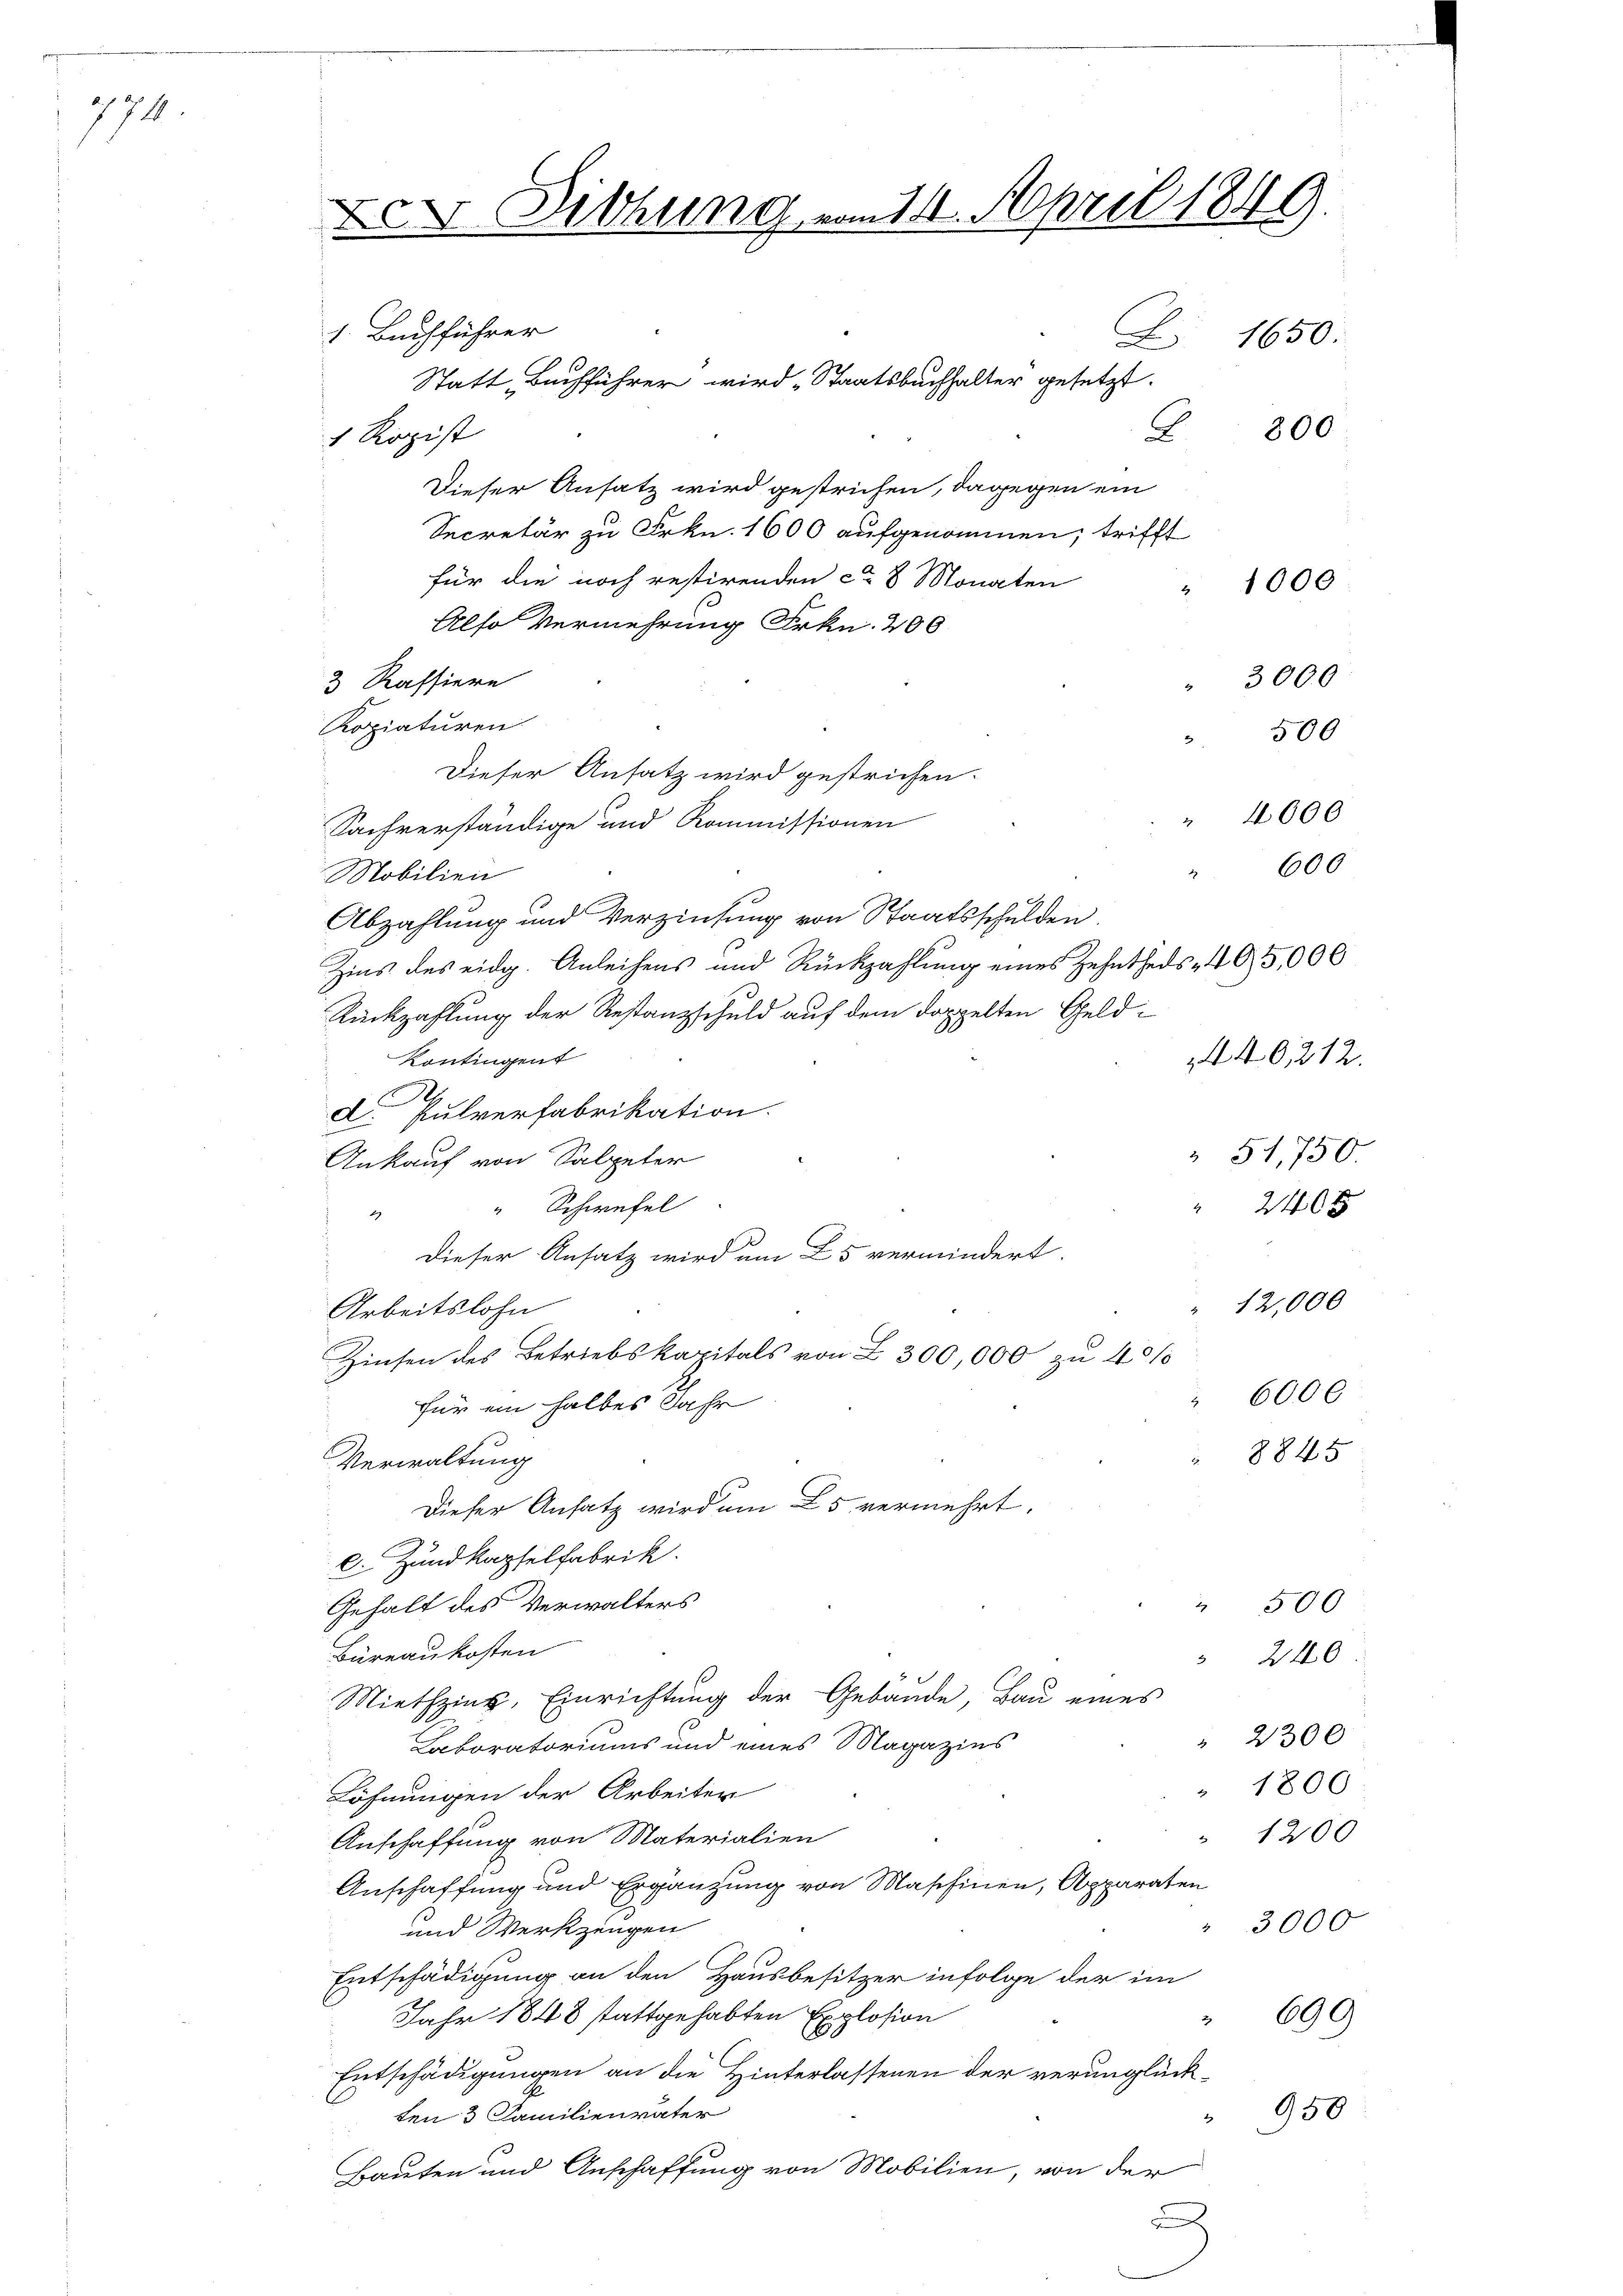
771

1. Buchführer
Statt Buchführer wird Staatsbuchhalter gesetzt.
C
1 Ropist
Dieser Ansatz wird gestrichen, dagegen ein
Secretär zu Frkn. 1600 aufgenommen, trifft
für die noch restirenden ca 8 Monaten
Also Vermehrung Frkn. 200
3 Kassiere
Kopiaturen
Dieser Ansatz wird gestrichen.
Sachverständige und Kommissionen
Mobilien
Abzahlung und Verzinsung von Staatsschulden
Zins des eidg. Anleihens und Rückzahlung eines Zehntheis- 405,000
Rückzahlung der Restanzschuld auf dem doppelten Geld¬
Kontingent
d. Pulverfabrikation.
Ankauf von Salpeter
" Schwefel
4
Dieser Ansatz wird um 25 vermindert.
Arbeitslohn
Zinsen des Betriebskapitals von Z 300,000 zu 40%
für ein halbes Jahr
Verwaltung
Dieser Ansatz wird um 5 vermehrt.
l. Zundkapselfabrik.
Gehalt des Verwalters
 506
Büreaukosten
240
Miethzins, Einrichtung der Gebäude, Bau eines
" 2300
Laboratoriums und eines Magazins
" 1800
Löhnungen der Arbeiter
 1200
Anschaffung von Materialien
Anschaffung und Ergänzung von Maschinen, Apparaten
" 3000
und Werkzeugen
Entschädigung an den Hausbesitzer infolge der im
Jahr 1848 stattgehabten Explosion
" 690)
Entschädigungen an die Hinterlassenen der verunglückten 3 Familienvater
950
Bauten und Anschaffung von Mobilien, von der
.

x Dilhung vom 11. April 1849.

" 3000
500
" 4000
" 600

Z. 1650:

1000

2
440, 212.
51,750.
240 x
" 12,000
6000
884 x

800

7